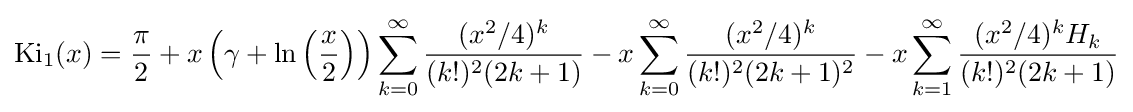
\operatorname {Ki} _{1}(x)={\frac {\pi }{2}}+x\left(\gamma +\ln \left({\frac {x}{2}}\right)\right)\sum _{k=0}^{\infty }{\frac {(x^{2}/4)^{k}}{(k!)^{2}(2k+1)}}-x\sum _{k=0}^{\infty }{\frac {(x^{2}/4)^{k}}{(k!)^{2}(2k+1)^{2}}}-x\sum _{k=1}^{\infty }{\frac {(x^{2}/4)^{k}H_{k}}{(k!)^{2}(2k+1)}}